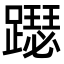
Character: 𨆙